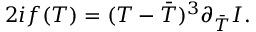
2 i f ( T ) = ( T - { \bar { T } } ) ^ { 3 } \partial _ { \bar { T } } { \cal I } .